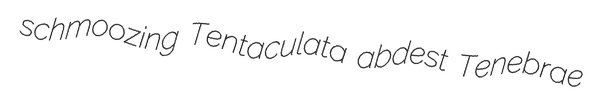
schmoozing Tentaculata abdest Tenebrae